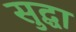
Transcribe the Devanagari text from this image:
सुद्घा